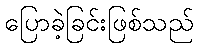
ပြောခဲ့ခြင်းဖြစ်သည်